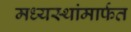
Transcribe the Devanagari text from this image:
मध्यस्थांमार्फत